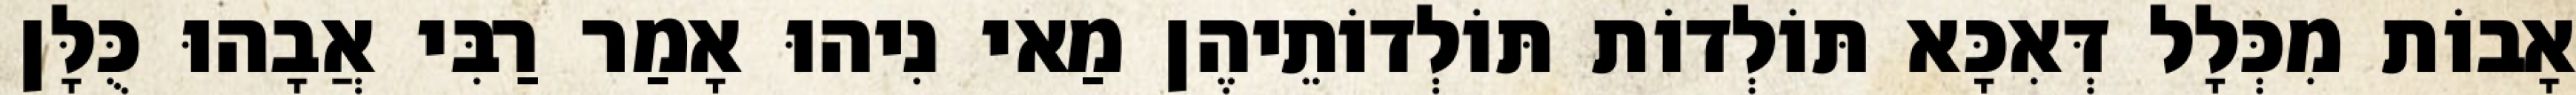
אָבוֹת מִכְּלָל דְּאִכָּא תּוֹלְדוֹת תּוֹלְדוֹתֵיהֶן מַאי נִיהוּ אָמַר רַבִּי אֲבָהוּ כֻּלָּן